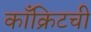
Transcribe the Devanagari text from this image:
काँक्रिटची